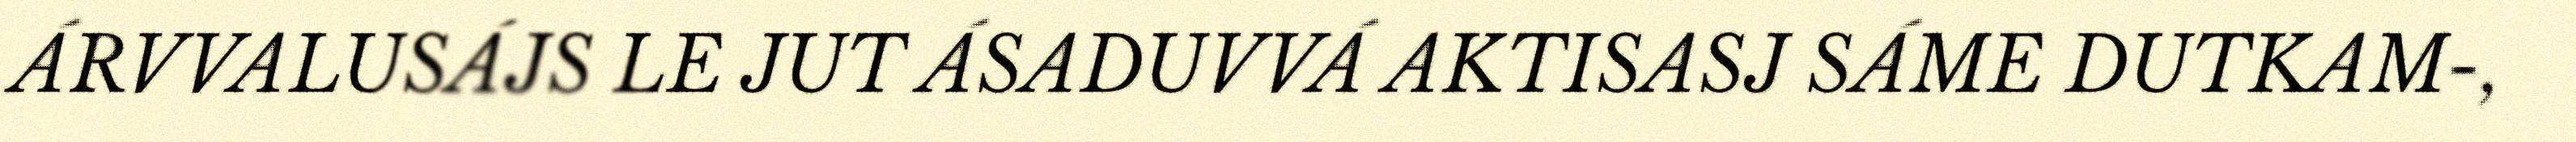
ÁRVVALUSÁJS LE JUT ÁSADUVVÁ AKTISASJ SÁME DUTKAM-,